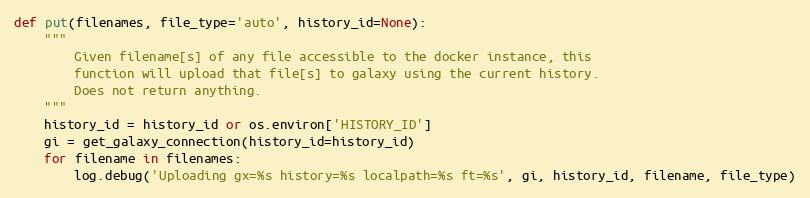
Language: Python
def put(filenames, file_type='auto', history_id=None):
    """
        Given filename[s] of any file accessible to the docker instance, this
        function will upload that file[s] to galaxy using the current history.
        Does not return anything.
    """
    history_id = history_id or os.environ['HISTORY_ID']
    gi = get_galaxy_connection(history_id=history_id)
    for filename in filenames:
        log.debug('Uploading gx=%s history=%s localpath=%s ft=%s', gi, history_id, filename, file_type)